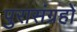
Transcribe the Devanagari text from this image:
पुरासंग्रहों